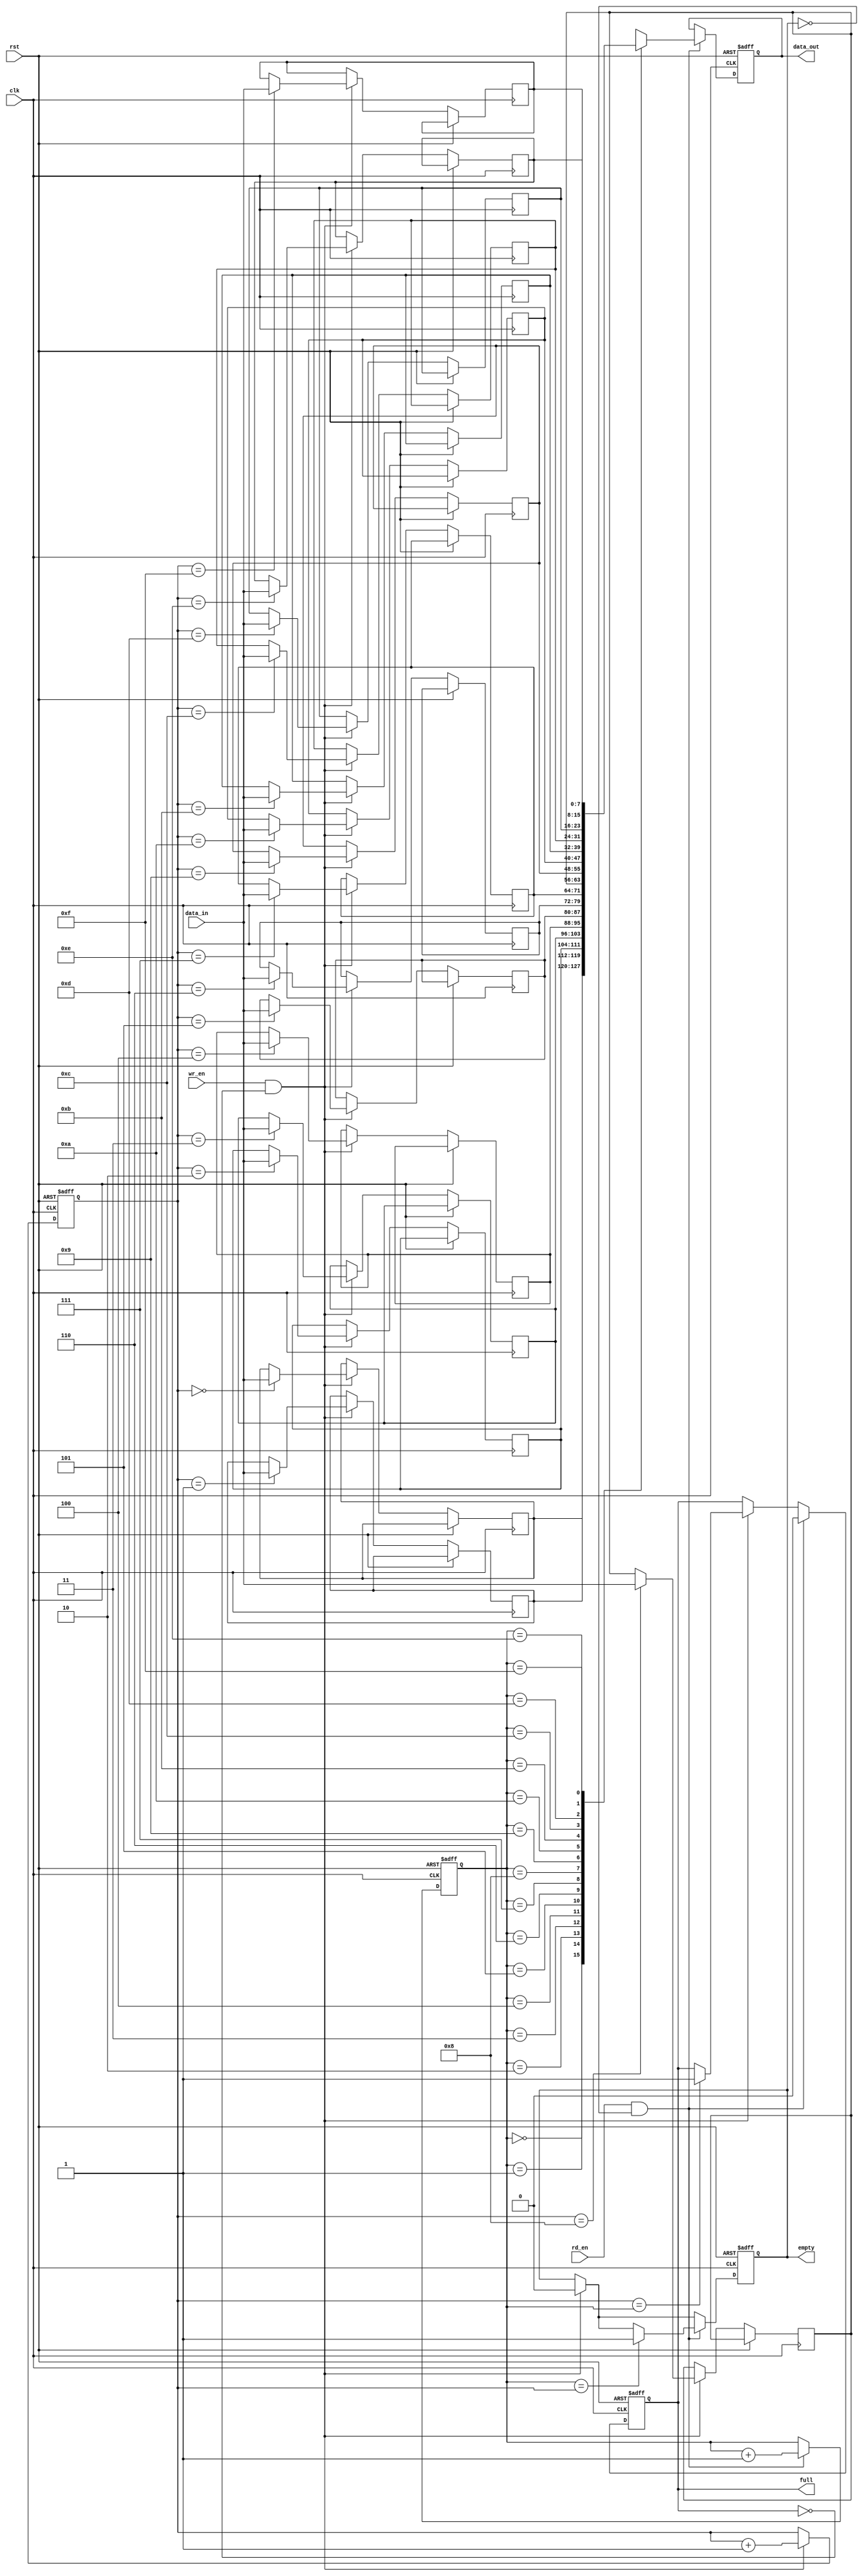
module fifo (
    input wire clk,
    input wire rst,
    input wire [7:0] data_in,
    input wire wr_en,
    input wire rd_en,
    output reg [7:0] data_out,
    output reg full,
    output reg empty
);

reg [7:0] fifo[15:0];
reg [3:0] read_ptr;
reg [3:0] write_ptr;
reg [3:0] error_count;

always @ (posedge clk or posedge rst)
begin
    if (rst)
    begin
        read_ptr <= 4'b0000;
        write_ptr <= 4'b0000;
        error_count <= 4'b0000;
        data_out <= 8'b00000000;
        full <= 1'b0;
        empty <= 1'b1;
    end
    else
    begin
        if (wr_en && !full)
        begin
            fifo[write_ptr] <= data_in;
            write_ptr <= write_ptr + 4'b0001;
            if (write_ptr == read_ptr)
                full <= 1'b1;
            empty <= 1'b0;
        end

        if (rd_en && !empty)
        begin
            data_out <= fifo[read_ptr];
            read_ptr <= read_ptr + 4'b0001;
            if (read_ptr == write_ptr)
                empty <= 1'b1;
            full <= 1'b0;
        end
    end
end

endmodule